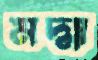
মদ্মা